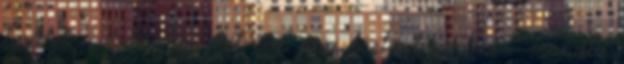
területen érdemben két éve nem történt semmi - mondta